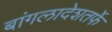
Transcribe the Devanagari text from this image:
बांगलादेशतर्फे